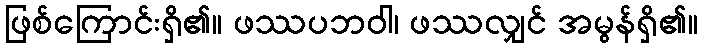
ဖြစ်ကြောင်းရှိ၏။ ဖဿပဘဝါ၊ ဖဿလျှင် အမွန်ရှိ၏။